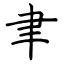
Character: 聿